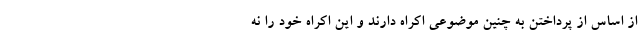
از اساس از پرداختن به چنین موضوعی اکراه دارند و این اکراه خود را نه